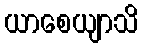
ယာစေယျာသိ